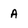
Character: A